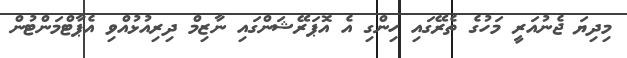
މިދިޔަ ޖެނުއަރީ މަހުގެ ތެރޭގައި ހިންގި އެ އޮޕަރޭޝަންގައި ނާޒިމް ދިރިއުޅުއްވި އެޕާޓްމަންޓުން